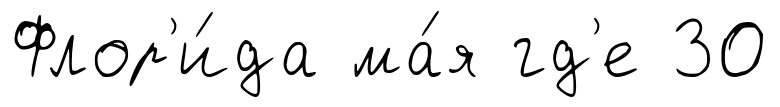
Флор'и́да ма́я гд'е 30